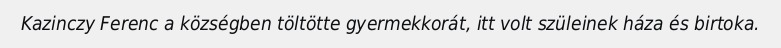
Kazinczy Ferenc a községben töltötte gyermekkorát, itt volt szüleinek háza és birtoka.